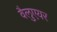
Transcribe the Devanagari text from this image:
वैलुएयर